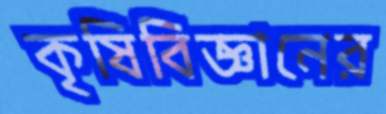
কৃষিবিজ্ঞানের